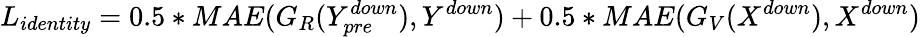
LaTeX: L_{identity}=0.5*MAE(G_{R}(Y_{pre}^{down}),Y^{down})+0.5*MAE(G_{V}(X^{down}),X^{down})